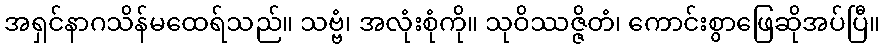
အရှင်နာဂသိန်မထေရ်သည်။ သဗ္ဗံ၊ အလုံးစုံကို။ သုဝိဿဇ္ဇိတံ၊ ကောင်းစွာဖြေဆိုအပ်ပြီ။